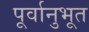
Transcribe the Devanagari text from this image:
पूर्वानुभूत